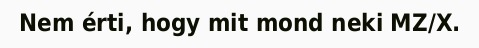
Nem érti, hogy mit mond neki MZ/X.